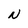
Character: N